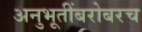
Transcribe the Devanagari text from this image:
अनुभूतींबरोबरच